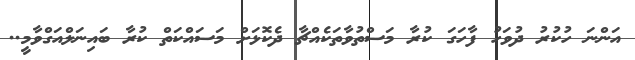
އަންނަ ހުކުރު ދުވަހު ފާހަގަ ކުރާ މަސްތުވާތަކެއްޗާ ދެކޮޅަށް މަސައްކަތް ކުރާ ބައިނަލްއަގްވާމީ..